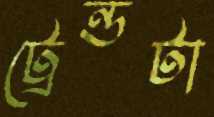
ট্রেন্ডটা